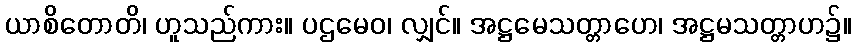
ယာစိတောတိ၊ ဟူသည်ကား။ ပဌမေဝ၊ လျှင်။ အဋ္ဌမေသတ္တာဟေ၊ အဋ္ဌမသတ္တာဟ၌။